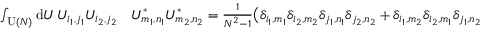
\begin{array} { r l } { \int _ { \operatorname { U } ( N ) } \mathrm { d } U \, U _ { i _ { 1 } , j _ { 1 } } U _ { i _ { 2 } , j _ { 2 } } } & { { } U _ { m _ { 1 } , n _ { 1 } } ^ { * } U _ { m _ { 2 } , n _ { 2 } } ^ { * } = \frac { 1 } { N ^ { 2 } - 1 } \big ( \delta _ { i _ { 1 } , m _ { 1 } } \delta _ { i _ { 2 } , m _ { 2 } } \delta _ { j _ { 1 } , n _ { 1 } } \delta _ { j _ { 2 } , n _ { 2 } } + \delta _ { i _ { 1 } , m _ { 2 } } \delta _ { i _ { 2 } , m _ { 1 } } \delta _ { j _ { 1 } , n _ { 2 } } \delta _ { j _ { 2 } , n _ { 1 } } \big ) } \end{array}